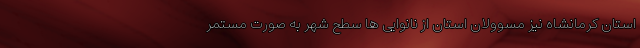
استان کرمانشاه نیز مسوولان استان از نانوایی ها سطح شهر به صورت مستمر